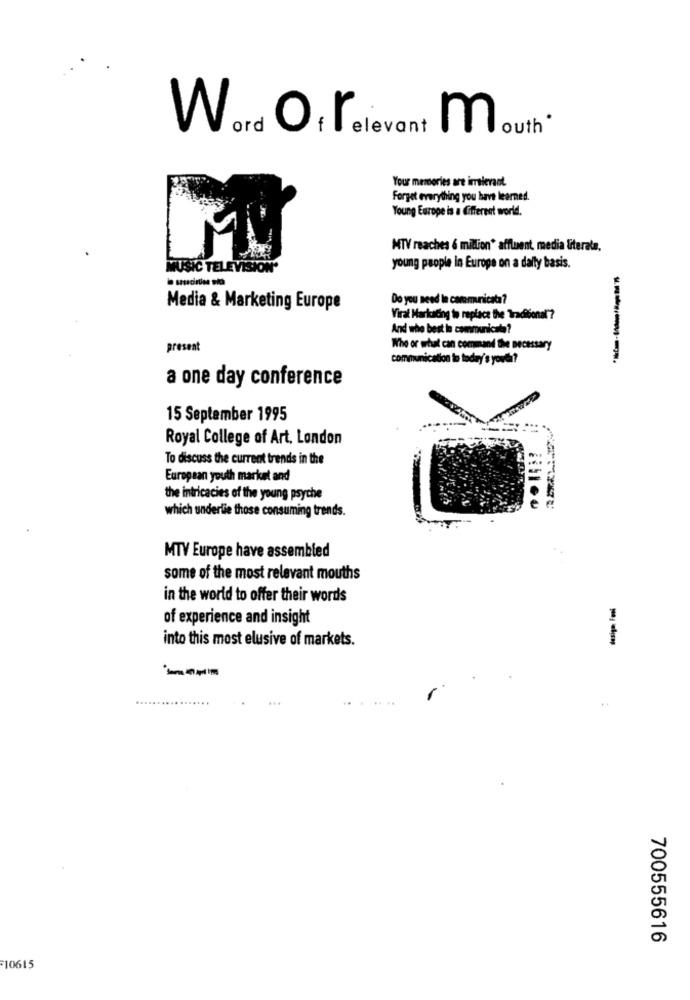
Word O, relevant m
outh
Your memories are imalerant.
Forget everything you have learned.
Young Europe is a different world.
MTV reaches 6 million* affluent, media literate,
MUSIC TELEVISION'
young people in Europe on a daily basis.
Do you need le caremricata?
Media & Marketing Europe
Viral Markcating to replace the Traditional'?
And the best le communicate?
present
Who or what can command the necessary
communication to today's youth?
a one day conference
15 September 1995
Royal College of Art. London
To discuss the current trends in the
European youth market and
the intricacies of the young psyche
which underlie those consuming trends.
MTV Europe have assembled
some of the most relevant mouths
in the world to offer their words
of experience and insight
into this most elusive of markets.
..
700555616
10615